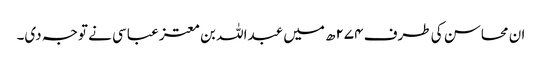
ان محاسن کی طرف ۲۷۴ھ میں عبداللہ بن معتز عباسی نے توجہ دی۔